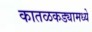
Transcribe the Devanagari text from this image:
कातळकड्यामध्ये